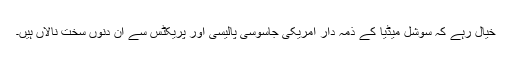
خیال رہے کہ سوشل میڈیا کے ذمہ دار امریکی جاسوسی پالیسی اور پریکٹس سے ان دنوں سخت نالاں ہیں۔